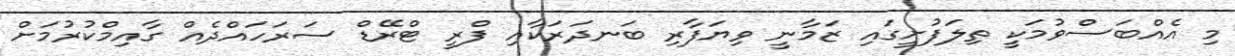
މި އެއްބަސްވުމަކީ ތިލަފުށީގައި ޒަމާނީ ވިޔަފާރި ބަނދަރަކާއި ފްރީ ޓްރޭޑް ސަރަހައްދެއް ގާއިމްކުރުމަށް